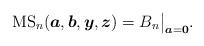
LaTeX: \begin{gather*}{\rm MS}_n({\boldsymbol{a}}, {\boldsymbol{b}}, {\boldsymbol{y}},{\boldsymbol{z}})= B_n \big |_{{\boldsymbol{a}}={\bf 0}}.\end{gather*}